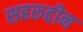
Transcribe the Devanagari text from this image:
सहरुद्दीन